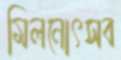
মিলনোৎসব